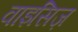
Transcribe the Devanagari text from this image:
वाइसिज़